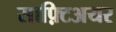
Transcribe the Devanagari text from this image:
साफ़्टिअयर